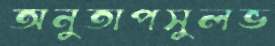
অনুতাপসুলভ